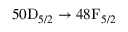
5 0 \mathrm { D } _ { 5 / 2 } \rightarrow 4 8 \mathrm { F } _ { 5 / 2 }